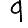
Digit: 9